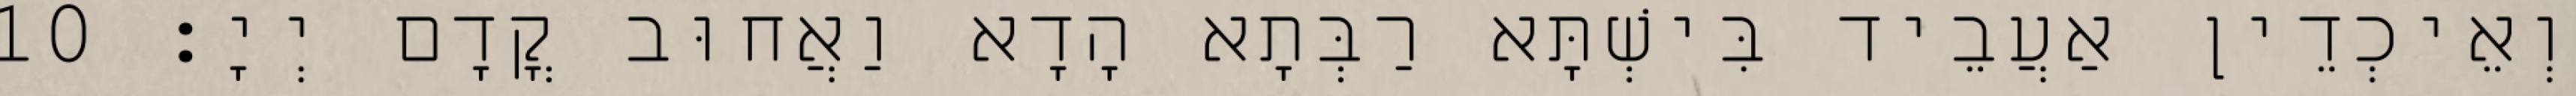
וְאֵיכְדֵין אַעֲבֵיד בִּישְׁתָּא רַבְּתָא הָדָא וַאֲחוּב קֳדָם יְיָ׃ 10